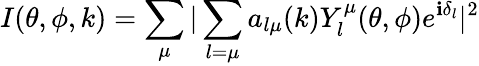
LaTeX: I(\theta,\phi,k)=\sum_{\mu}\vert\sum_{l=\mu}a_{l\mu}(k)Y_{l}^{\mu}(\theta,\phi)e^{\mathbf{i}\delta_{l}}\vert^{2}